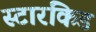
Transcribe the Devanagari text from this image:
स्टारकिड